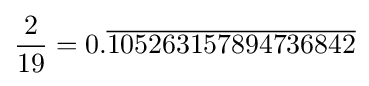
{\frac {2}{19}}=0.{\overline {105263157894736842}}